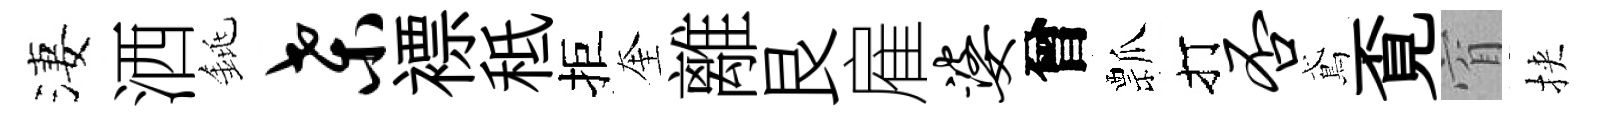
淒洒銚桑褾秪拒奎離艮雇婆曾瓢打否鳶覔窅挾